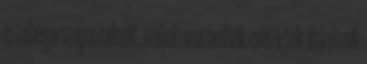
is Zalaegerszegen rekedt, azokat sem tudták csütörtök óta útnak